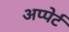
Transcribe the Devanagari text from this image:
अप्पेर्ट